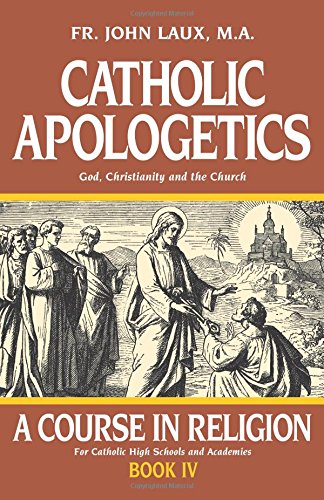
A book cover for Catholic Apologetics: A Course in Religion - Book IV; Rev. Fr. John Laux M.A.; Christian Books & Bibles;